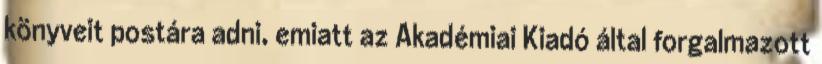
könyveit postára adni, emiatt az Akadémiai Kiadó által forgalmazott